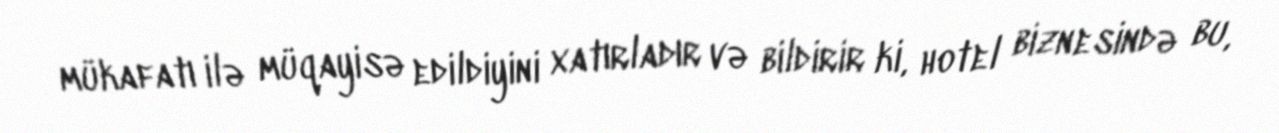
mükafatı ilə müqayisə edildiyini xatırladır və bildirir ki, hotel biznesində bu,